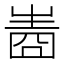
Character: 𤯧